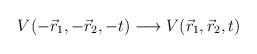
LaTeX: \begin{align*}V(-\vec{r}_{1},-\vec{r}_{2},-t)\longrightarrow V(\vec{r}_{1},\vec{r}_{2},t)\end{align*}